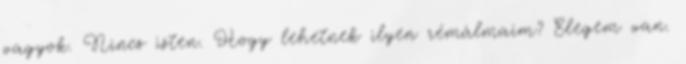
vagyok. Nincs isten. Hogy lehetnek ilyen rémálmaim? Elegem van.